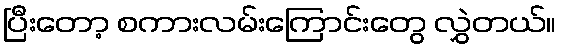
ပြီးတော့ စကားလမ်းကြောင်းတွေ လွှဲတယ်။